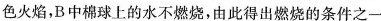
色火焰，B中棉球上的水不燃烧，由此得出燃烧的条件之一